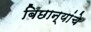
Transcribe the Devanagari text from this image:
बिछान्यांचे